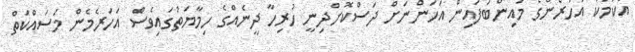
އެކަމަކު އަހަރެންގެ މައިންބަފައިން އަހަންނަށް ދަސްކޮށްދިނީ ހުރިހާ ދީނެއްގެ ހިމާޔަތުގައިވެސް އަހަރެމެން މަސައްކަތް